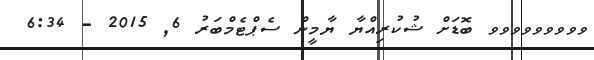
ވވވވވވވވވ ބޮޑަށް ޝުކުރިއްޔާ ޔާމީން ސެޕްޓެމްބަރު 6